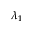
\lambda _ { 1 }